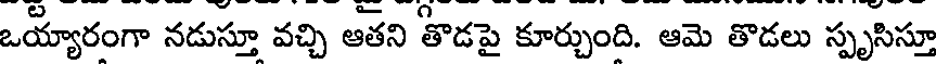
ఒయ్యారంగా నడుస్తూ వచ్చి ఆతని తొడపై కూర్చుంది. ఆమె తొడలు స్పృసిస్తూ